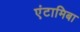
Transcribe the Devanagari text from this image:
एंटामिबा